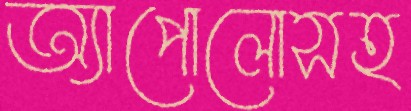
অ্যাপোলোসহ